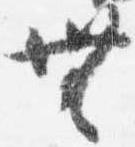
無